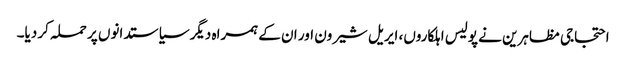
احتجاجی مظاہرین نے پولیس اہلکاروں، ایریل شیرون اور ان کے ہمراہ دیگر سیاستدانوں پر حملہ کر دیا۔